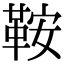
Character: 鞍